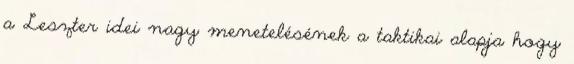
a Leszter idei nagy menetelésének a taktikai alapja hogy